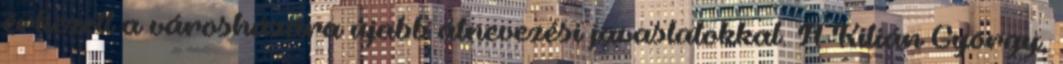
érkezett a városházára újabb átnevezési javaslatokkal. A Kilián György,